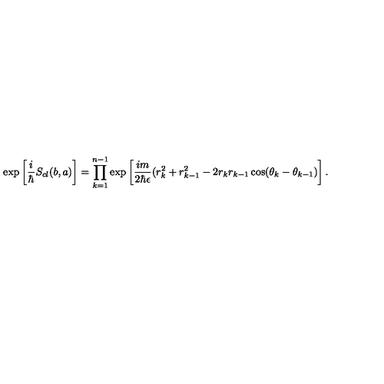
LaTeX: \exp \left[ \frac { i } { \hbar } S _ { c l } ( b , a ) \right] = \prod _ { k = 1 } ^ { n - 1 } \exp \left[ \frac { i m } { 2 \hbar \epsilon } ( r _ { k } ^ { 2 } + r _ { k - 1 } ^ { 2 } - 2 r _ { k } r _ { k - 1 } \cos ( \theta _ { k } - \theta _ { k - 1 } ) \right] .